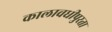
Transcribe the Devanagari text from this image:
कालावधीपुरता